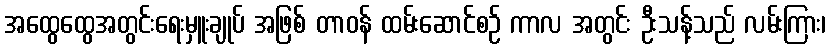
အထွေထွေအတွင်းရေးမှူးချုပ် အဖြစ် တာဝန် ထမ်းဆောင်စဉ် ကာလ အတွင်း ဦးသန့်သည် လမ်းကြား၊